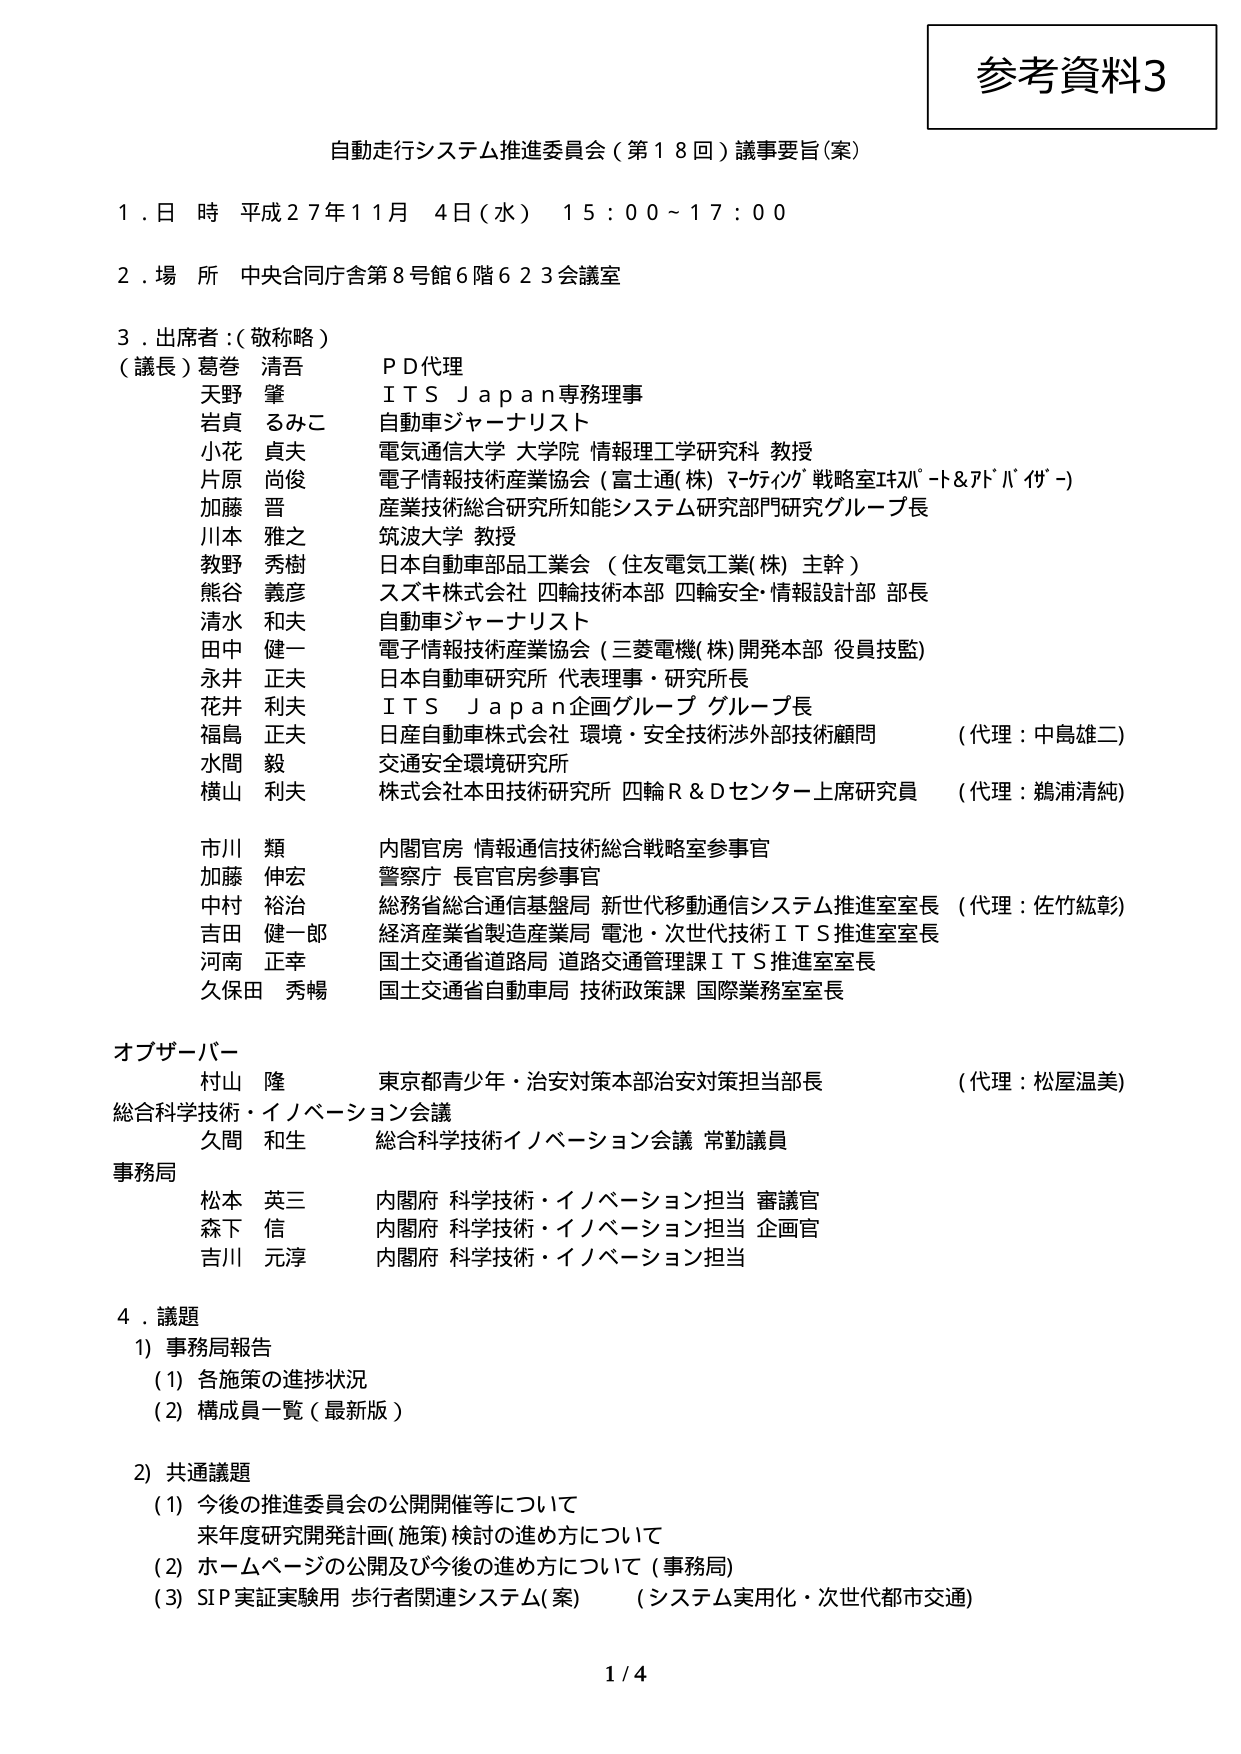
参考資料3

自動走行システム推進委員会（第18回）議事要旨（案）

1．日時 平成27年11月4日（水） 15：00～17：00

2．場所 中央合同庁舎第8号館6階623会議室

3．出席者：（敬称略）
（議長）葛巻 清吾 P D代理
天野 肇 I T S J a p a n専務理事
岩貞 るみこ 自動車ジャーナリスト
小花 貞夫 電気通信大学 大学院 情報理工学研究科 教授
片原 尚俊 電子情報技術産業協会（富士通(株) マーケティング戦略室ｴｷｽﾊﾟｰﾄ＆ｱﾄﾞﾊﾞｲｻﾞｰ）
加藤 晋 産業技術総合研究所知能システム研究部門研究グループ長
川本 雅之 筑波大学 教授
教野 秀樹 日本自動車部品工業会（住友電気工業(株) 主幹）
熊谷 義彦 スズキ株式会社 四輪技術本部 四輪安全・情報設計部 部長
清水 和夫 自動車ジャーナリスト
田中 健一 電子情報技術産業協会（三菱電機(株)開発本部 役員技監）
永井 正夫 日本自動車研究所 代表理事・研究所長
花井 利夫 I T S J a p a n企画グループ グループ長
福島 正夫 日産自動車株式会社 環境・安全技術渉外部技術顧問 （代理：中島雄二）
水間 毅 交通安全環境研究所
横山 利夫 株式会社本田技術研究所 四輪R＆Dセンター上席研究員 （代理：鵜浦清純）

市川 類 内閣官房 情報通信技術総合戦略室参事官
加藤 伸宏 警察庁 長官官房参事官
中村 裕治 総務省総合通信基盤局 新世代移動通信システム推進室室長 （代理：佐竹紘彰）
吉田 健一郎 経済産業省製造産業局 電池・次世代技術I T S推進室室長
河南 正幸 国土交通省道路局 道路交通管理課I T S推進室室長
久保田 秀暢 国土交通省自動車局 技術政策課 国際業務室室長

オブザーバー
村山 隆 東京都青少年・治安対策本部治安対策担当部長 （代理：松屋温美）

総合科学技術・イノベーション会議
久間 和生 総合科学技術イノベーション会議 常勤議員

事務局
松本 英三 内閣府 科学技術・イノベーション担当 審議官
森下 信 内閣府 科学技術・イノベーション担当 企画官
吉川 元淳 内閣府 科学技術・イノベーション担当

4．議題
1）事務局報告
（1）各施策の進捗状況
（2）構成員一覧（最新版）

2）共通議題
（1）今後の推進委員会の公開開催等について
来年度研究開発計画（施策）検討の進め方について
（2）ホームページの公開及び今後の進め方について（事務局）
（3）SIP実証実験用 歩行者関連システム（案） （システム実用化・次世代都市交通）

1 / 4